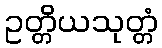
ဥတ္တိယသုတ္တံ